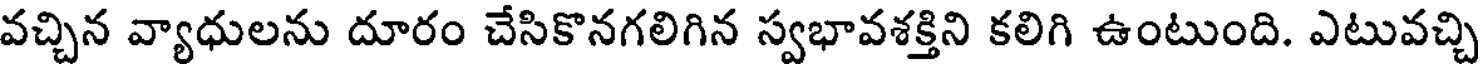
వచ్చిన వ్యాధులను దూరం చేసికొనగలిగిన స్వభావశక్తిని కలిగి ఉంటుంది. ఎటువచ్చి